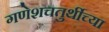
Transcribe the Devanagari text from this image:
गणेशचतुर्थीच्या